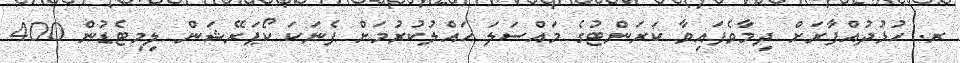
ރ. ހުޅުދުއްފާރަށް ދިމާވެފައިވާ ކަރަންޓުގެ މައްސަލަ ހައްލުކުރުމަށް ފެނަކަ ކޯޕަރޭޝަން ލިމިޓެޑުން 400